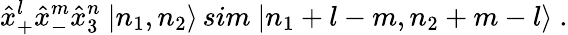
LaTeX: {\hat{x}}_{+}^{l}{\hat{x}}_{-}^{m}{\hat{x}}_{3}^{n}\ |n_{1},n_{2}\rangle\, sim\ |n_{1}+l-m,n_{2}+m-l\rangle\ .